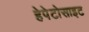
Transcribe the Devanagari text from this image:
हेपेटोसाइट